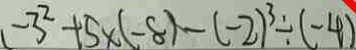
- 3 ^ { 2 } + 5 \times ( - 8 ) - ( - 2 ) ^ { 3 } \div ( - 4 )